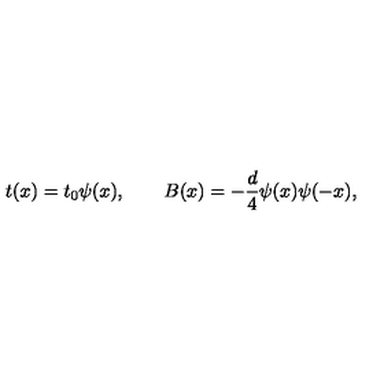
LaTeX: t ( x ) = t _ { 0 } \psi ( x ) , \qquad B ( x ) = - { \frac { d } { 4 } } \psi ( x ) \psi ( - x ) ,